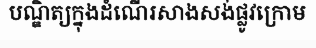
បណ្ឌិត្យក្នុងដំណើរសាងសង់ផ្លូវក្រោម